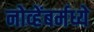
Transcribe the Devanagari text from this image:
नोव्हेंबर्मध्ये